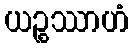
ယဉ္စဿာဟံ